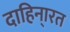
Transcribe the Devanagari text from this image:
दाहिना्रत